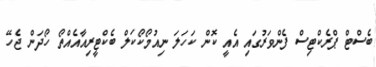
ބެސްޓް ޕްރެކްޓިސް ފެންވަރުގައި އެއީ ކޮން ކަހަލަ ނިއުމޯކޯކަލް ބެކްޓީރިއާއެއްތޯ ހޯދަން ޖެހޭ